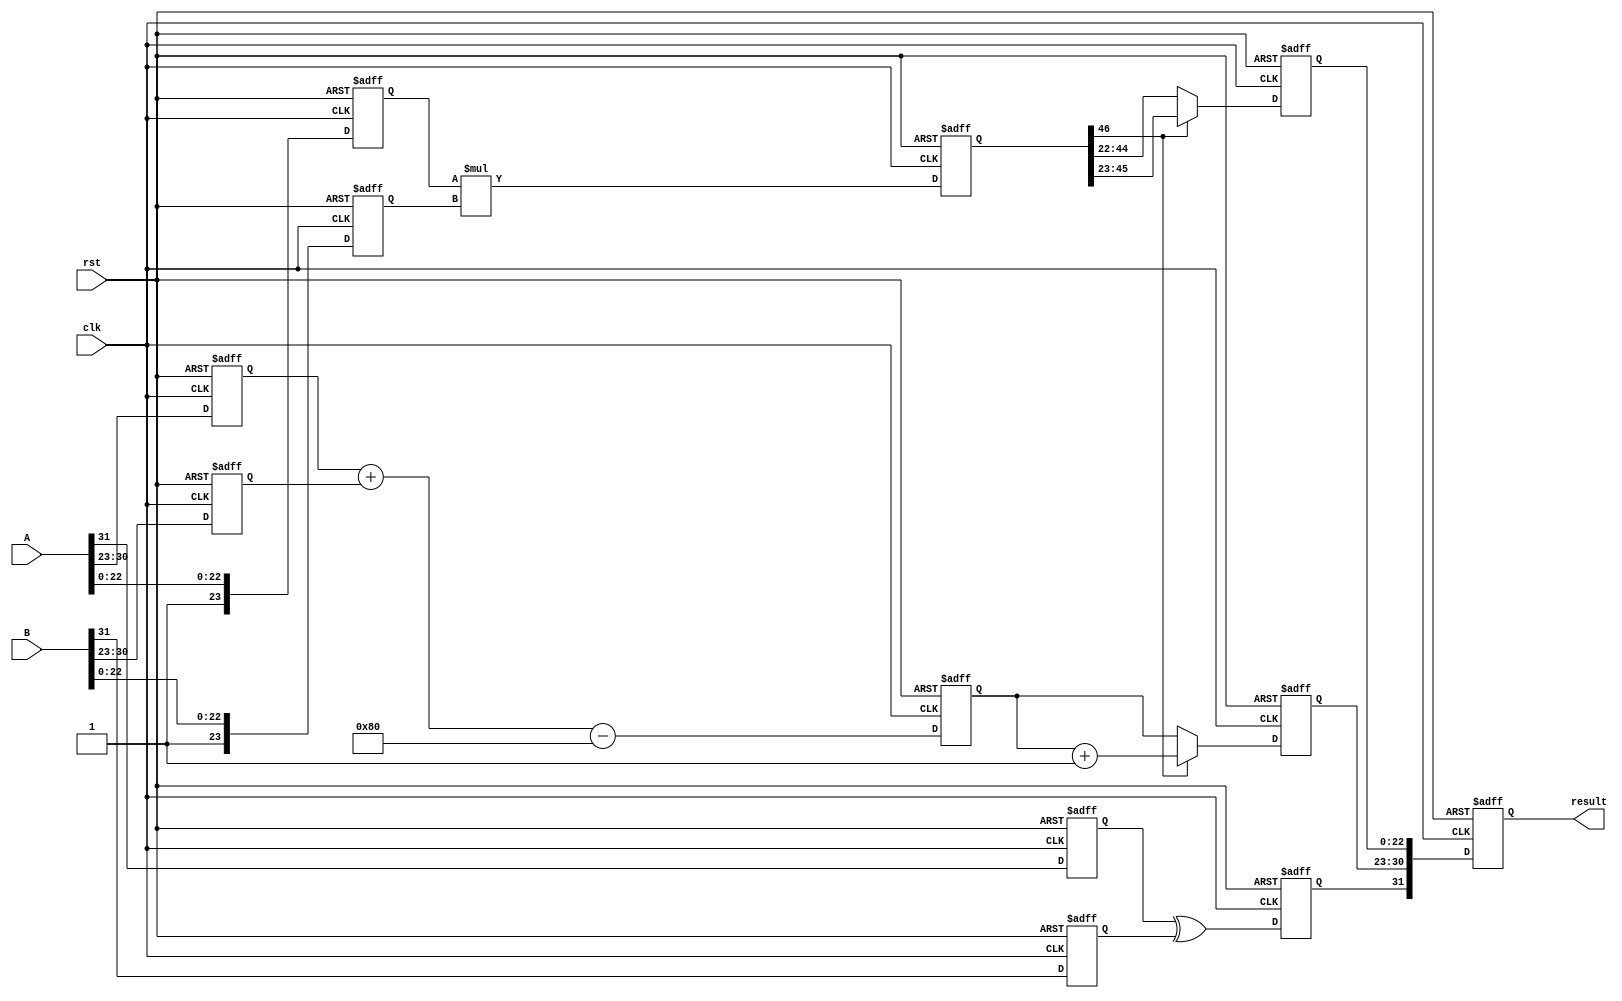
module fp_multiplier #(
    parameter E = 8,  // Exponent bits
    parameter F = 23  // Mantissa bits
)(
    input wire clk,
    input wire rst,
    input wire [E+F:0] A,  // A = sign(1) + exponent(E) + mantissa(F)
    input wire [E+F:0] B,  // B = sign(1) + exponent(E) + mantissa(F)
    output reg [E+F:0] result // result = sign(1) + exponent(E) + mantissa(F)
);

    // Pipeline registers
    reg sign_a, sign_b;
    reg [E-1:0] exp_a, exp_b;
    reg [F:0] mant_a, mant_b; // F+1 for implicit leading 1
    reg sign_res;
    reg [E:0] exp_res; // E+1 for bias adjustment
    reg [2*F:0] mant_res; // Result mantissa

    // Stage 1: Input Registration
    always @(posedge clk or posedge rst) begin
        if (rst) begin
            sign_a <= 0;
            sign_b <= 0;
            exp_a <= 0;
            exp_b <= 0;
            mant_a <= 0;
            mant_b <= 0;
        end else begin
            sign_a <= A[E+F];
            sign_b <= B[E+F];
            exp_a <= A[E+F-1:F];
            exp_b <= B[E+F-1:F];
            mant_a <= {1'b1, A[F-1:0]}; // Add implicit leading 1
            mant_b <= {1'b1, B[F-1:0]}; // Add implicit leading 1
        end
    end

    // Stage 2: Sign Calculation
    always @(posedge clk or posedge rst) begin
        if (rst) begin
            sign_res <= 0;
        end else begin
            sign_res <= sign_a ^ sign_b; // XOR for sign
        end
    end

    // Stage 3: Exponent Calculation
    always @(posedge clk or posedge rst) begin
        if (rst) begin
            exp_res <= 0;
        end else begin
            exp_res <= exp_a + exp_b - (1 << (E-1)); // Bias adjustment
        end
    end

    // Stage 4: Mantissa Multiplication
    always @(posedge clk or posedge rst) begin
        if (rst) begin
            mant_res <= 0;
        end else begin
            mant_res <= mant_a * mant_b; // Mantissa multiplication
        end
    end

    // Stage 5: Result Normalization
    reg [E:0] exp_norm; // Normalized exponent
    reg [F:0] mant_norm; // Normalized mantissa
    always @(posedge clk or posedge rst) begin
        if (rst) begin
            exp_norm <= 0;
            mant_norm <= 0;
        end else begin
            // Normalization logic (simplified)
            if (mant_res[2*F] == 1) begin
                mant_norm <= mant_res[2*F-1:F]; // Shift right
                exp_norm <= exp_res + 1; // Increment exponent
            end else begin
                mant_norm <= mant_res[2*F-2:F-1]; // No shift
                exp_norm <= exp_res; // Keep exponent
            end
        end
    end

    // Stage 6: Final Registration
    always @(posedge clk or posedge rst) begin
        if (rst) begin
            result <= 0;
        end else begin
            result <= {sign_res, exp_norm[E-1:0], mant_norm[F-1:0]}; // Combine results
        end
    end

endmodule